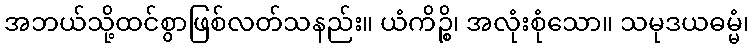
အဘယ်သို့ထင်စွာဖြစ်လတ်သနည်း။ ယံကိဉ္စိ၊ အလုံးစုံသော။ သမုဒယဓမ္မံ၊